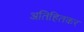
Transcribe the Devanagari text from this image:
अतिहितकर